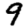
Digit: 9